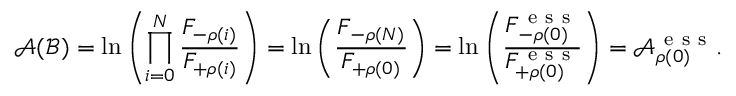
\mathcal { A } ( \mathcal { B } ) = \ln \left( \prod _ { i = 0 } ^ { N } \frac { F _ { - \rho ( i ) } } { F _ { + \rho ( i ) } } \right) = \ln \left( \frac { F _ { { - \rho } ( N ) } } { F _ { { + \rho ( 0 ) } } } \right) = \ln \left( \frac { F _ { { - \rho } ( 0 ) } ^ { \mathrm { ~ e ~ s ~ s ~ } } } { F _ { { + \rho ( 0 ) } } ^ { \mathrm { ~ e ~ s ~ s ~ } } } \right) = \mathcal { A } _ { \rho ( 0 ) } ^ { \mathrm { ~ e ~ s ~ s ~ } } .